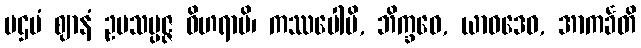
ပဌမံ ဈာနံ ဥပသမ္ပဇ္ဇ ဝိဟရာမိ၊ ကဿပေါပိ, ဘိက္ခဝေ, ယာဝဒေဝ, အာကင်္ခတိ